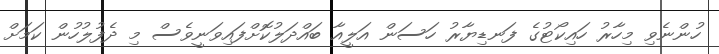
ހުންނެވި މިހާރު ހައިކޯޓުގެ ފަނޑިޔާރު ހަސަން އަލީއާ ބައްދަލުކޮށްފައިވަނީވެސް މި ދެފުލުހުން ކަމަށް